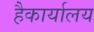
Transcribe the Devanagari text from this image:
हैकार्यालय